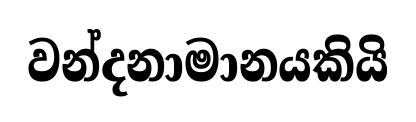
වන්දනාමානයකියි